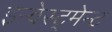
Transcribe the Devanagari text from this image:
इन्वेस्ट्मेन्ट